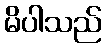
မိပါသည်